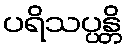
ပရိသပ္ပန္တိ